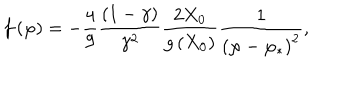
f \left( \varphi \right) = - \frac { 4 } { 9 } \frac { \left( 1 - \gamma \right) } { \gamma ^ { 2 } } \frac { 2 X _ { 0 } } { g \left( X _ { 0 } \right) } \frac { 1 } { \left( \varphi - \varphi _ { * } \right) ^ { 2 } } ,